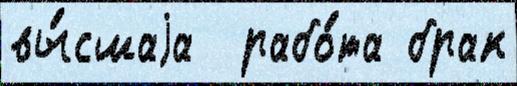
вы́сшаjа  рабо́та брак